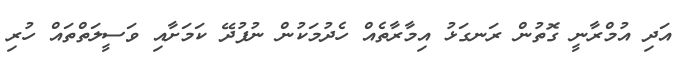
އަދި އުމްރާނީ ގޮތުން ރަނގަޅު އިމާރާތެއް ހެދުމަކުން ނުފުދޭ ކަމަށާއި ވަސީލަތްތައް ހުރި